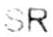
SR